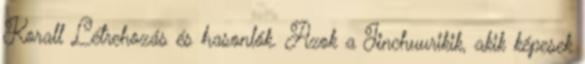
Korall Létrehozás és hasonlók. Azok a Jinchuurikik, akik képesek